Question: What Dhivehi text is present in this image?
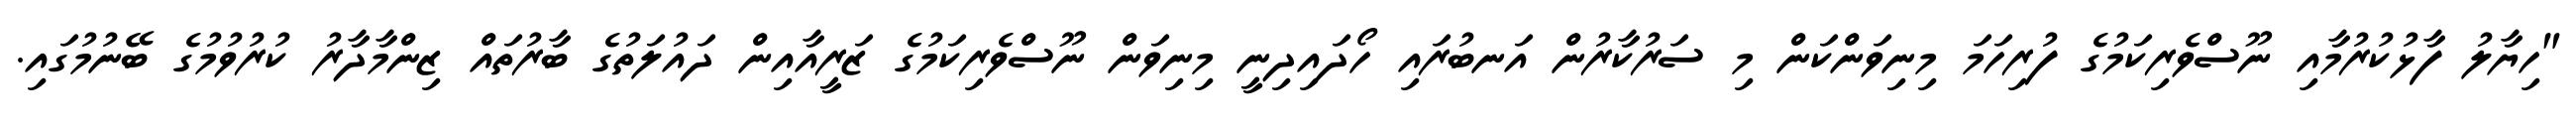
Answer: "ހިޔާލު ފާޅުކުރުމާއި ނޫސްވެރިކަމުގެ ފުރިހަމަ މިނިވަންކަން މި ސަރުކާރުން އަނބުރައި ހޯދައިދިނީ މިނިވަން ނޫސްވެރިކަމުގެ ޒަރީއާއިން ދައުލަތުގެ ބާރުތައް ޒިންމާދާރު ކުރުވުމުގެ ބޭނުމުގައި.